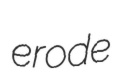
erode